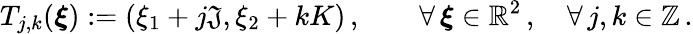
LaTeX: T_{j,k}(\boldsymbol{\xi}):=(\xi_{1}+j\mathfrak{J},\xi_{2}+kK)\, ,\qquad\forall\, \boldsymbol{\xi}\in\mathbb{{R}}^{2}\, ,\quad\forall\, j,k\in\mathbb{{Z}}\, .